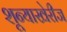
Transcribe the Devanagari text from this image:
शून्याखेरीज